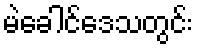
မဲခေါင်ဒေသတွင်း